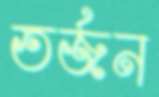
তর্জন